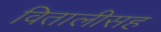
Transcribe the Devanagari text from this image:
वितालीसह